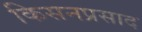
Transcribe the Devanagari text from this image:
किसनप्रसाद